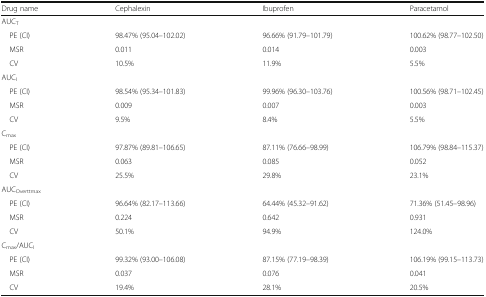
<table><thead><tr><td><b>Drug name</b></td><td><b>Cephalexin</b></td><td><b>Ibuprofen</b></td><td><b>Paracetamol</b></td></tr></thead><tbody><tr><td colspan="4">AUC<sub>T</sub></td></tr><tr><td> PE (CI)</td><td>98.47% (95.04–102.02)</td><td>96.66% (91.79–101.79)</td><td>100.62% (98.77–102.50)</td></tr><tr><td> MSR</td><td>0.011</td><td>0.014</td><td>0.003</td></tr><tr><td> CV</td><td>10.5%</td><td>11.9%</td><td>5.5%</td></tr><tr><td colspan="4">AUC<sub>I</sub></td></tr><tr><td> PE (CI)</td><td>98.54% (95.34–101.83)</td><td>99.96% (96.30–103.76)</td><td>100.56% (98.71–102.45)</td></tr><tr><td> MSR</td><td>0.009</td><td>0.007</td><td>0.003</td></tr><tr><td> CV</td><td>9.5%</td><td>8.4%</td><td>5.5%</td></tr><tr><td colspan="4">C<sub>max</sub></td></tr><tr><td> PE (CI)</td><td>97.87% (89.81–106.65)</td><td>87.11% (76.66–98.99)</td><td>106.79% (98.84–115.37)</td></tr><tr><td> MSR</td><td>0.063</td><td>0.085</td><td>0.052</td></tr><tr><td> CV</td><td>25.5%</td><td>29.8%</td><td>23.1%</td></tr><tr><td colspan="4">AUC<sub>Overttmax</sub></td></tr><tr><td> PE (CI)</td><td>96.64% (82.17–113.66)</td><td>64.44% (45.32–91.62)</td><td>71.36% (51.45–98.96)</td></tr><tr><td> MSR</td><td>0.224</td><td>0.642</td><td>0.931</td></tr><tr><td> CV</td><td>50.1%</td><td>94.9%</td><td>124.0%</td></tr><tr><td colspan="4">C<sub>max</sub>/AUC<sub>I</sub></td></tr><tr><td> PE (CI)</td><td>99.32% (93.00–106.08)</td><td>87.15% (77.19–98.39)</td><td>106.19% (99.15–113.73)</td></tr><tr><td> MSR</td><td>0.037</td><td>0.076</td><td>0.041</td></tr><tr><td> CV</td><td>19.4%</td><td>28.1%</td><td>20.5%</td></tr></tbody></table>